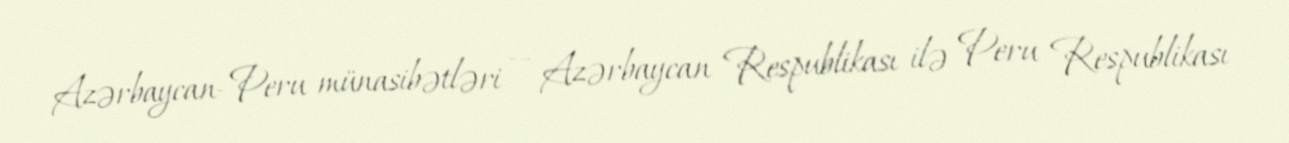
Azərbaycan–Peru münasibətləri — Azərbaycan Respublikası ilə Peru Respublikası